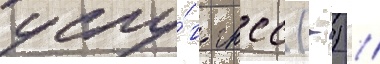
услу́г гнсс (-) /